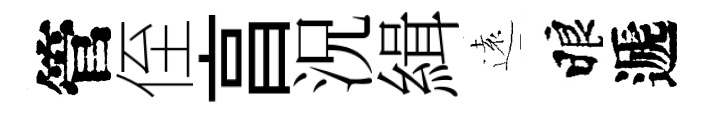
管侄亯況緝遠睱遞